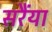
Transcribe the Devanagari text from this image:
सरैंया